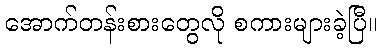
အောက်တန်းစားတွေလို စကားများခဲ့ပြီ။